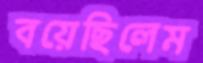
বয়েছিলেম